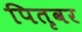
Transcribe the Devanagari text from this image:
पितृवर